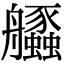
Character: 𦫆